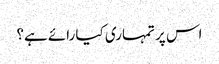
اس پر تمہاری کیا رائے ہے؟